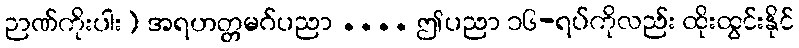
ဉာဏ်ကိုးပါး) အရဟတ္တမဂ်ပညာ .... ဤပညာ ၁၆-ရပ်ကိုလည်း ထိုးထွင်းနိုင်